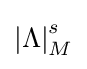
\left|\Lambda \right|_{M}^{s}